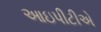
આઇપીટીએ